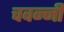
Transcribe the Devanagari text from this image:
चवन्नी